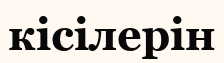
кісілерін